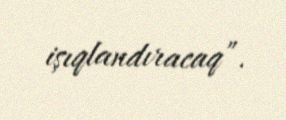
işıqlandıracaq”.